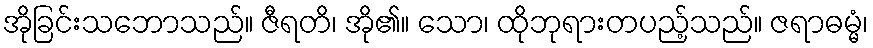
အိုခြင်းသဘောသည်။ ဇီရတိ၊ အို၏။ သော၊ ထိုဘုရားတပည့်သည်။ ဇရာဓမ္မံ၊